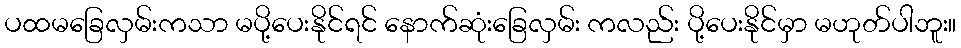
ပထမခြေလှမ်းကသာ မပို့ပေးနိုင်ရင် နောက်ဆုံးခြေလှမ်း ကလည်း ပို့ပေးနိုင်မှာ မဟုတ်ပါဘူး။